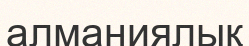
алманиялық